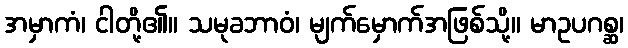
အမှာကံ၊ ငါတို့၏။ သမုခဘာဝံ၊ မျက်မှောက်အဖြစ်သို့။ မာဥပဂစ္ဆ၊